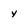
Character: y